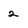
Character: 2